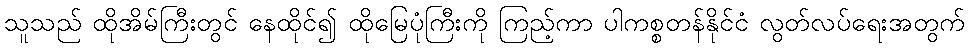
သူသည် ထိုအိမ်ကြီးတွင် နေထိုင်၍ ထိုမြေပုံကြီးကို ကြည့်ကာ ပါကစ္စတန်နိုင်ငံ လွတ်လပ်ရေးအတွက်